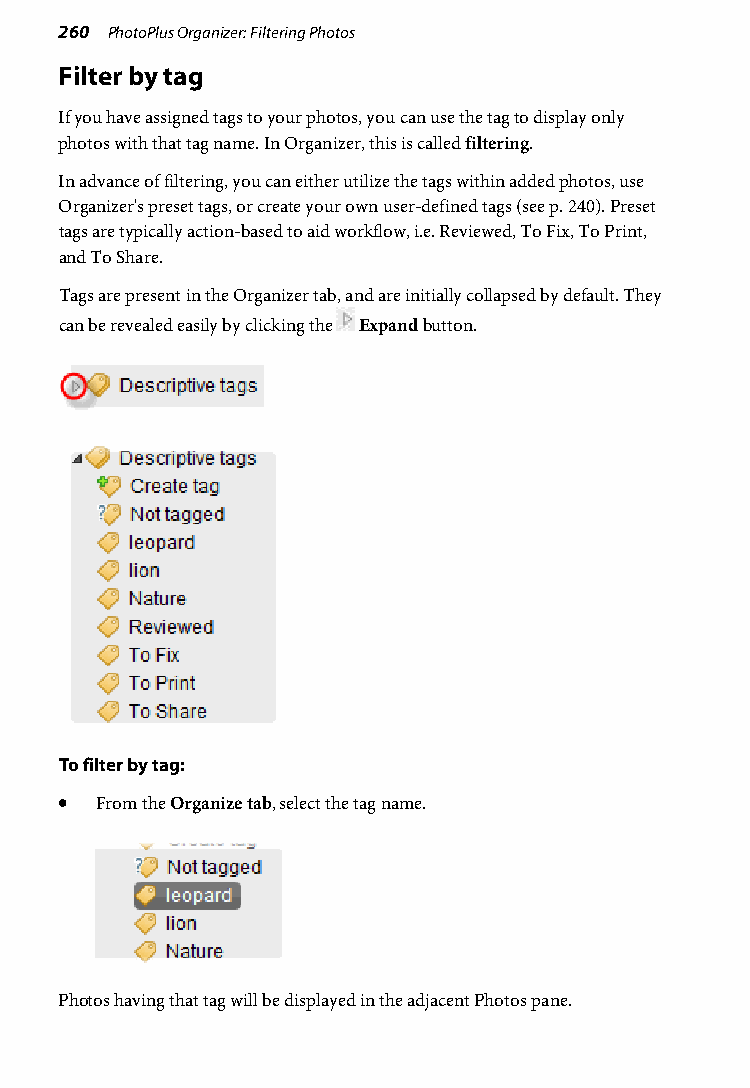
260 PhotoPlus Organizer: Filtering Photos
 Filter by tag
 If you have assigned tags to your photos, you can use the tag to display only
 photos with that tag name. In Organizer, this is called filtering.
 In advance of filtering, you can either utilize the tags within added photos, use
 Organizer's preset tags, or create your own user-defined tags (see p. 240). Preset
 tags are typically action-based to aid workflow, i.e. Reviewed, To Fix, To Print,
 and To Share.
 Tags are present in the Organizer tab, and are initially collapsed by default. They
 can be revealed easily by clicking the Expand button.
 To filter by tag:
 • From the Organize tab, select the tag name.
 Photos having that tag will be displayed in the adjacent Photos pane.